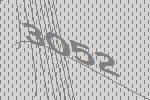
3052